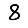
Digit: 8